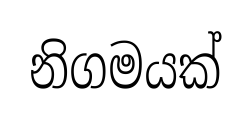
නිගමයක්